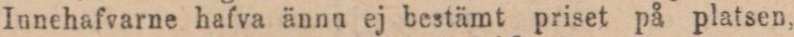
Iunehafvarne hafva ännu ej bestämt priset på platsen,